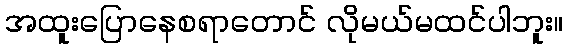
အထူးပြောနေစရာတောင် လိုမယ်မထင်ပါဘူး။